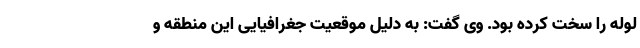
لوله را سخت کرده بود. وی گفت: به دلیل موقعیت جغرافیایی این منطقه و